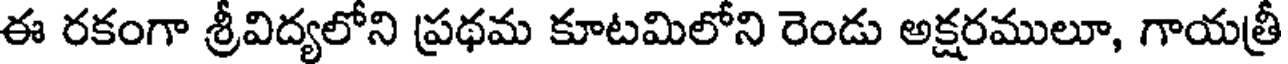
ఈ రకంగా శ్రీవిద్యలోని ప్రథమ కూటమిలోని రెండు అక్షరములూ, గాయత్రీ